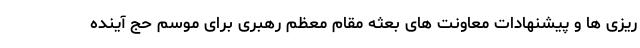
ریزی ها و پیشنهادات معاونت های بعثه مقام معظم رهبری برای موسم حج آینده